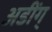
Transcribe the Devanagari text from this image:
अडींग्